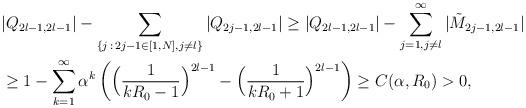
LaTeX: \begin{align*}&|Q_{2l-1,2l-1}|-\sum_{\{j\,:\,2j-1\in[1,N], j\neq l\}}|Q_{2j-1,2l-1}|\ge |Q_{2l-1,2l-1}|-\sum_{j=1,j\neq l}^\infty|\tilde{M}_{2j-1,2l-1}|\\&\ge 1-\sum_{k=1}^\infty\alpha^k \left(\Big(\frac{1}{kR_0-1}\Big)^{2l-1}-\Big(\frac{1}{kR_0+1}\Big)^{2l-1}\right)\ge C(\alpha,R_0)>0,\end{align*}